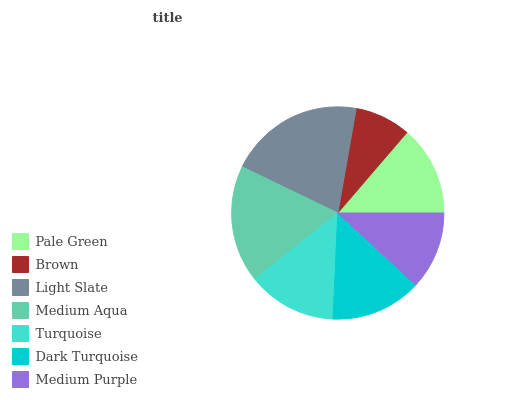
| Pale Green | Brown | Light Slate | Medium Aqua | Turquoise | Dark Turquoise | Medium Purple |
 | --- | --- | --- | --- | --- | --- | --- |
 | 13.7% | 8.54% | 20.6% | 17.8% | 13.6% | 13.8% | 11.9% |